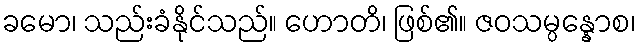
ခမော၊ သည်းခံနိုင်သည်။ ဟောတိ၊ ဖြစ်၏။ ဇဝသမ္ပန္နောစ၊